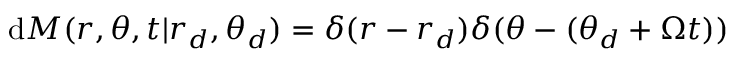
\mathrm { d } M ( r , \theta , t | r _ { d } , \theta _ { d } ) = \delta ( r - r _ { d } ) \delta ( \theta - ( \theta _ { d } + \Omega t ) )